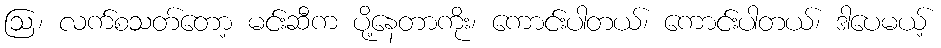
ဩ၊ လက်စသတ်တော့ မင်းဆီက ပို့နေတာကိုး၊ ကောင်းပါတယ်၊ ကောင်းပါတယ်၊ ဒါပေမယ့်